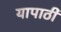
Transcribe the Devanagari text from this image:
यापाठी